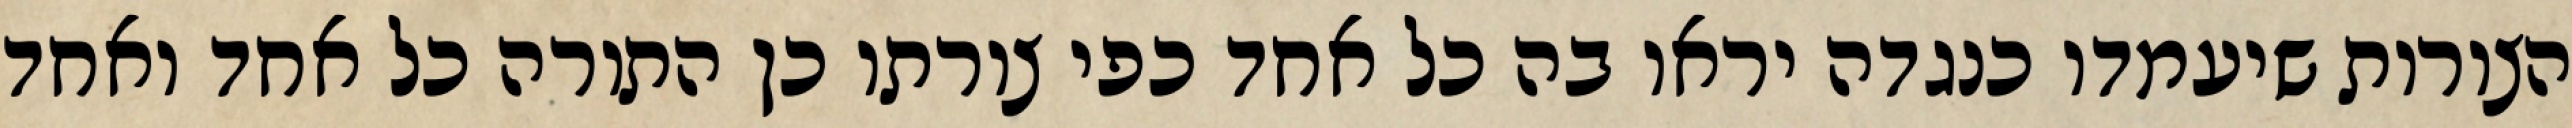
הצורות שיעמדו כנגדה יראו בה כל אחד כפי צורתו כן התורה כל אחד ואחד